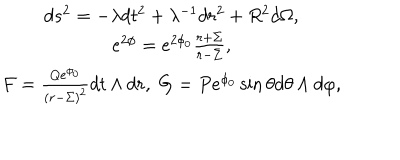
LaTeX: \begin{array} { c } { { d s ^ { 2 } = - \lambda d t ^ { 2 } + \lambda ^ { - 1 } d r ^ { 2 } + R ^ { 2 } d \Omega , } } \\ { { e ^ { 2 \phi } = e ^ { 2 \phi _ { 0 } } \frac { r + \Sigma } { r - \Sigma } , } } \\ { { F = \frac { Q e ^ { \phi _ { 0 } } } { ( r - \Sigma ) ^ { 2 } } d t \wedge d r , \; G = P e ^ { \phi _ { 0 } } \sin \theta d \theta \wedge d \varphi , } } \\ \end{array}